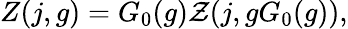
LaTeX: Z(j,g)=G_{0}(g){\cal Z}(j,gG_{0}(g)),